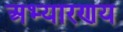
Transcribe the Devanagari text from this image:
अभ्यारणय